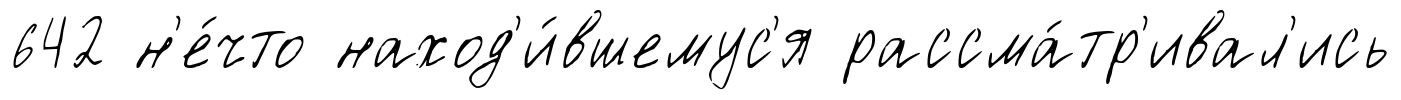
642 н'е́что наход'и́вшемус'я рассма́тр'ивал'ись